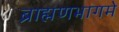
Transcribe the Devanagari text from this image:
ब्राह्मणभागमे